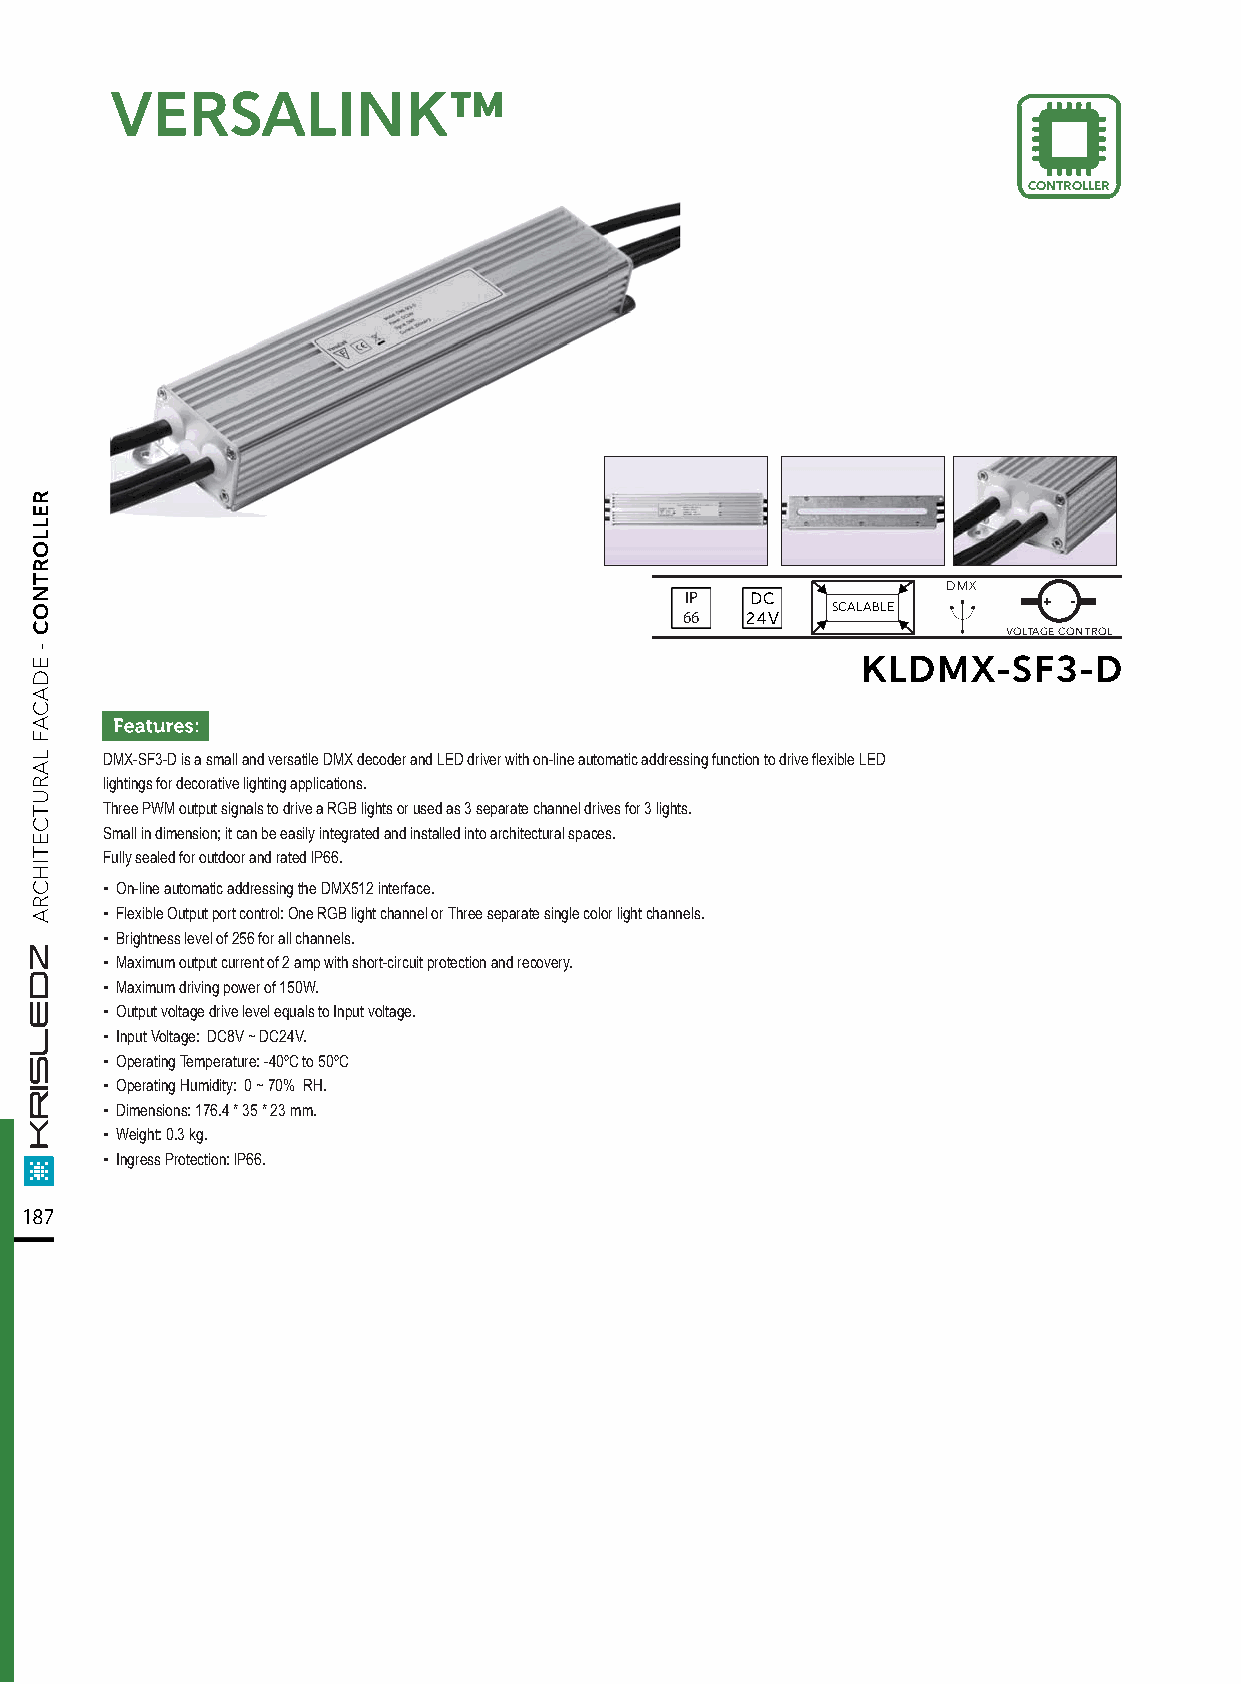
VVEERRSSAALLIINNKK™™
 CONTROLLER
 DMX
 IP   DC                 + -
 SCALABLE
 66  24V
 VOLTAGE CONTROL
 KLDMX-SF3-D
 DMX-SF3-D is a small and versatile DMX decoder and LED driver with on-line automatic addressing function to drive flexible LED
 lightings for decorative lighting applications.
 Three PWM output signals to drive a RGB lights or used as 3 separate channel drives for 3 lights.
 Small in dimension; it can be easily integrated and installed into architectural spaces.
 Fully sealed for outdoor and rated lP66.
 ▪ On-line automatic addressing the DMX512 interface.
 ▪ Flexible Output port control: One RGB light channel or Three separate single color light channels.
 ▪ Brightness level of 256 for all channels.
 ▪ Maximum output current of 2 amp with short-circuit protection and recovery.
 ▪ Maximum driving power of 150W.
 ▪ Output voltage drive level equals to Input voltage.
 ▪ Input Voltage: DC8V ~ DC24V.
 ▪ Operating Temperature: -40ºC to 50ºC
 ▪ Operating Humidity: 0 ~ 70% RH.
 ▪ Dimensions: 176.4 * 35 * 23 mm.
 ▪ Weight: 0.3 kg.
 ▪ Ingress Protection: lP66.
 187
 RELLORTNOC
 -
 EDACAF
 LARUTCETIHCRA